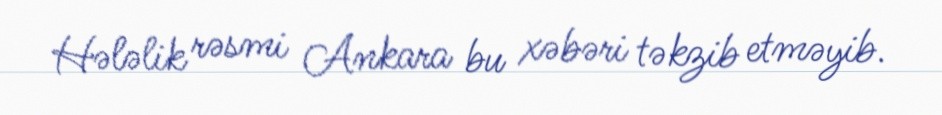
Hələlik rəsmi Ankara bu xəbəri təkzib etməyib.